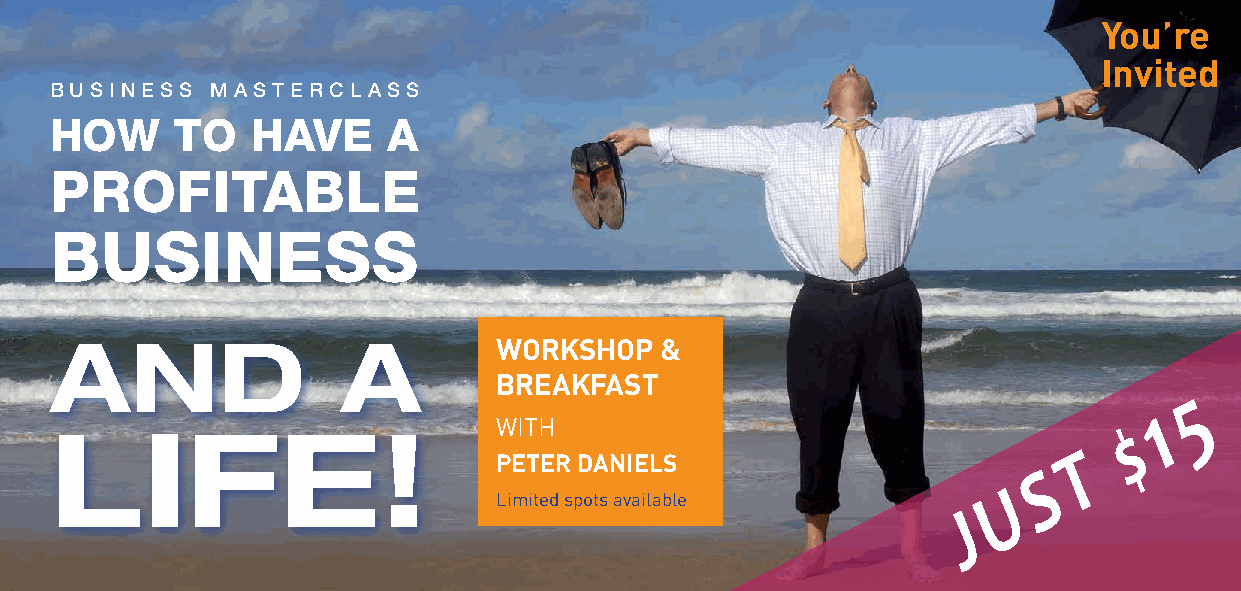
You’re
 Invited
 BUSINESS   MASTERCLASS
 HOW      TO   HAVE     A
 PROFITABLE
 BUSINESS
 AND                 A         WORKSHOP   &
 BREAKFAST
 5
 1
 WITH                                     $
 LIFE!
 T
 PETER DANIELS
 S
 U
 Limited spots available
 J